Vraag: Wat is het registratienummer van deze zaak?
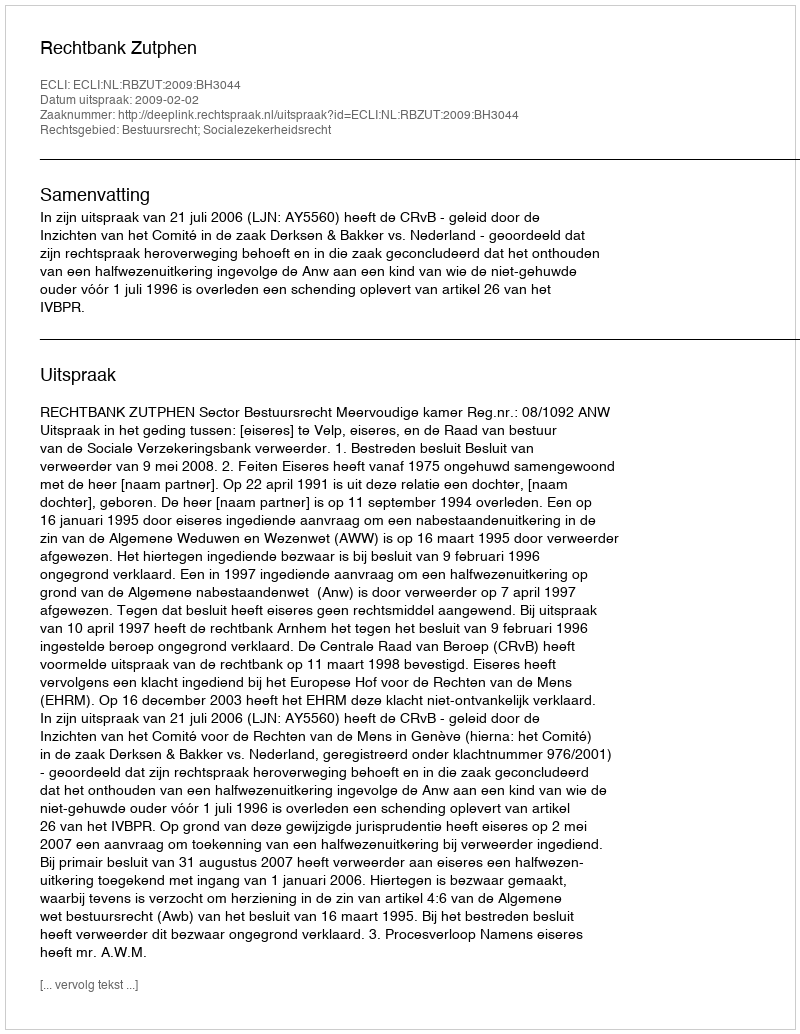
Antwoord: http://deeplink.rechtspraak.nl/uitspraak?id=ECLI:NL:RBZUT:2009:BH3044